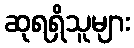
ဆုရရှိသူများ